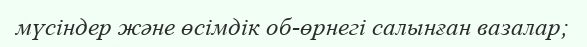
мүсіндер және өсімдік об-өрнегі салынған вазалар;